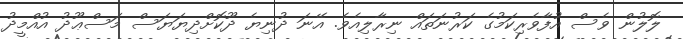
ލޮލުން ވެސް އުފާވެރިކަމުގެ ކަރުނަތައް ނިރާލިއެވެ. އޭނަ ދުނިޔެ ދޫކޮށްދިޔަޔަސް މަސްޢޫދު އުއްމީދު